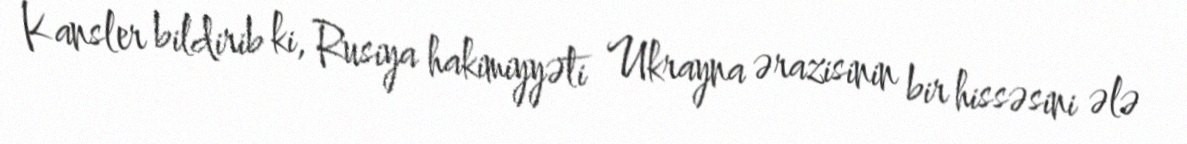
Kansler bildirib ki, Rusiya hakimiyyəti Ukrayna ərazisinin bir hissəsini ələ